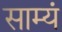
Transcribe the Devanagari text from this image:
साम्यं